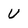
Character: V